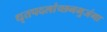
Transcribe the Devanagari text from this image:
धृतपदलांच्छनभुजंगा